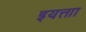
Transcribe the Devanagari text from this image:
इयत्ताा